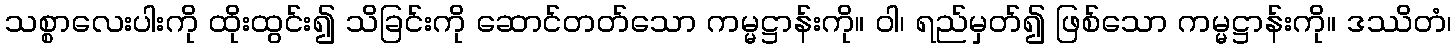
သစ္စာလေးပါးကို ထိုးထွင်း၍ သိခြင်းကို ဆောင်တတ်သော ကမ္မဋ္ဌာန်းကို။ ဝါ၊ ရည်မှတ်၍ ဖြစ်သော ကမ္မဋ္ဌာန်းကို။ ဒဿိတံ၊